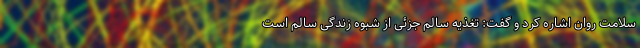
سلامت روان اشاره کرد و گفت: تغذیه سالم جزئی از شبوه زندگی سالم است